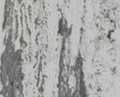
لتكوين